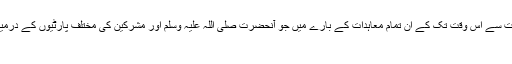
معاہدات سے متعلق تین باتیں: اوپر کی آیات سے اس وقت تک کے ان تمام معاہدات کے بارے میں جو آنحضرت صلی اللہ علیہ وسلم اور مشرکین کی مختلف پارٹیوں کے درمیان طے پائے تھے تین باتیں واضح ہوئیں:
۱۔